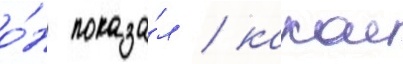
о́н показа́л / какои